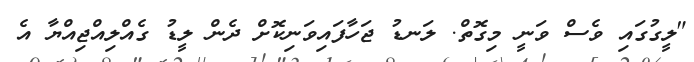
"ލީގުގައި ވެސް ވަނީ މިގޮތް. ލަނޑު ޖަހާފައިވަނިކޮށް ދެން ލީޑު ގެއްލިއްޖިއްޔާ އެ